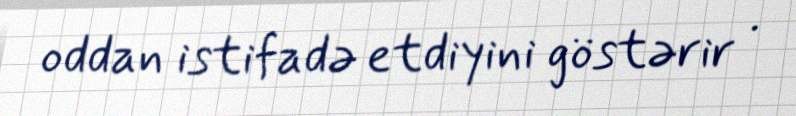
oddan istifadə etdiyini göstərir .